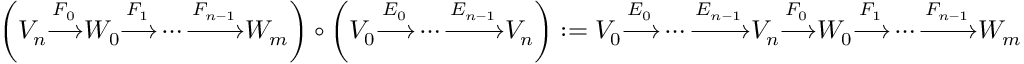
\left( V _ { n } { \xrightarrow { F _ { 0 } } } W _ { 0 } { \xrightarrow { F _ { 1 } } } \cdots { \xrightarrow { F _ { n - 1 } } } W _ { m } \right) \circ \left( V _ { 0 } { \xrightarrow { E _ { 0 } } } \cdots { \xrightarrow { E _ { n - 1 } } } V _ { n } \right) : = V _ { 0 } { \xrightarrow { E _ { 0 } } } \cdots { \xrightarrow { E _ { n - 1 } } } V _ { n } { \xrightarrow { F _ { 0 } } } W _ { 0 } { \xrightarrow { F _ { 1 } } } \cdots { \xrightarrow { F _ { n - 1 } } } W _ { m }